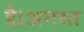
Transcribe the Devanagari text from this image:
है।अगस्त